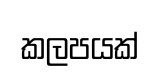
කලපයක්